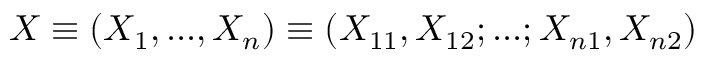
X \equiv ( X _ { 1 } , . . . , X _ { n } ) \equiv ( X _ { 1 1 } , X _ { 1 2 } ; . . . ; X _ { n 1 } , X _ { n 2 } )